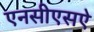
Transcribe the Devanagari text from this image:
एनसीएसऐ